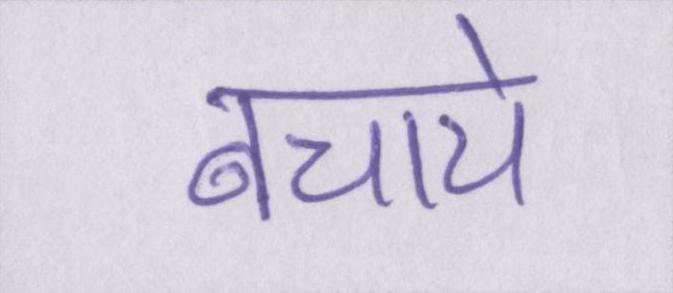
बचाये